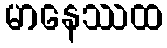
မာနေဿထ